system: You are a helpful assistant.
user:
Analyze the provided spectrum to determine if it is a **S-type Star**.

- **Key Indicators for S-type Star:**

    - **(Overall Spectrum Shape):** The first and most obvious characteristic is the overall continuum (the "baseline" shape). It is **extremely "red-sloping,"** meaning the flux (light intensity) is very low on the left side (blue, ~4000-4500 Å) and rises steeply and continuously toward the right side (red, ~7000 Å+).

    - **(Primary):** The spectrum is defined by the presence of strong, broad molecular absorption "valleys" (bands) from **Zirconium Oxide (ZrO)**. The identification of these bands is the **primary requirement** for classifying a star as S-type.
        - **(Key Bandheads):** You must find distinct, deep "dips" where the light has been absorbed. The most critical band systems to locate are:
            - **~6474 Å** ($\gamma$-system): This is often the strongest and clearest ZrO feature, found in the red part of the spectrum.
            - **~5718 Å** & **~5551 Å** ($\beta$-system): A pair of prominent absorption features in the yellow-orange part of the spectrum.
            - **~4640 Å** ($\alpha$-system): A key absorption band system in the blue-green region of the spectrum.

    - **(Secondary Confirmation):** The classification is strengthened by finding additional absorption bands from other related heavy element oxides, which are expected to be present alongside ZrO.
        - **(Key Bandheads):**
            - **Yttrium Oxide (YO):** Look for absorption dips near **~4800 Å** and **~6100 Å**.
            - **Lanthanum Oxide (LaO):** Additional absorption features, particularly in the red-orange part of the spectrum, are also characteristic.

    - **(Line Profile):** The combination of the steep red continuum and these numerous, deep molecular bands (ZrO, YO, etc.) gives the entire spectrum a very **"chopped-up"** or **"bumpy"** appearance. Instead of a smooth curve, the spectrum looks as though large, wide chunks of light have been "carved out" of it at the specific wavelengths listed above.

Think first, call **spectral_visualization_tool** if needed to examine features in detail, then provide your final answer. Your response must adhere to the following strict rules:
1.  **Overall Structure:** Your response must follow the format `<think>...</think> <tool_call>...</tool_call> (if a tool is used) <answer>...</answer>`.
2.  **Tool Usage Constraint:** You may only make **one** tool call per turn.
3.  **Final Answer Format:** In the `<answer>` tag, your conclusion must be inside a `\boxed{}` command (e.g., `\boxed{YES}` or `\boxed{NO}`), followed by your justification.

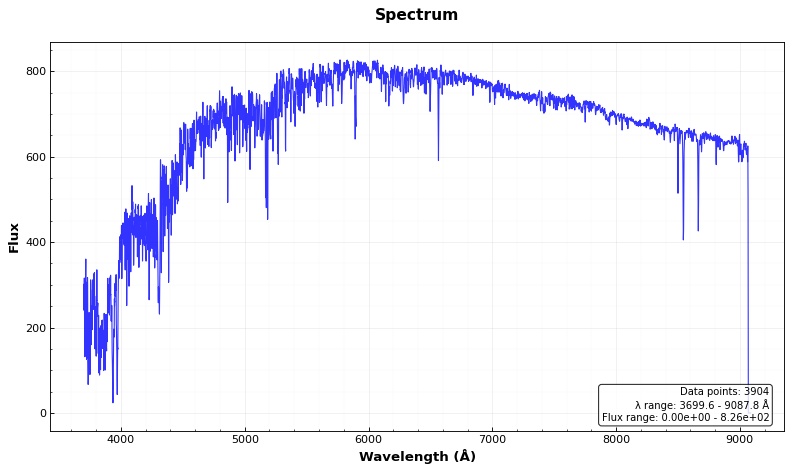
Answer: NO